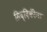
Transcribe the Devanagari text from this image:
सिद्दिकींना